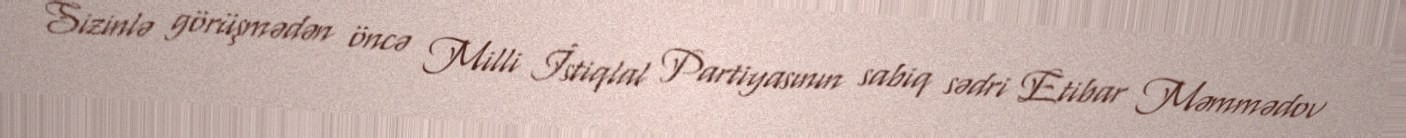
Sizinlə görüşmədən öncə Milli İstiqlal Partiyasının sabiq sədri Etibar Məmmədov